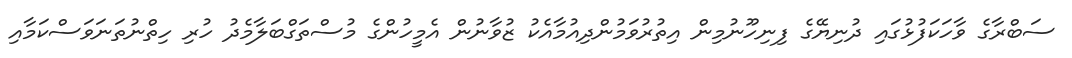
ސަބްރާގެ ވާހަކަފުޅުގައި ދުނިޔޭގެ ފިނިހޫނުމިން އިތުރުވަމުންދިއުމާއެކު ޒުވާނުން އެމީހުންގެ މުސްތަގްބަލާމެދު ހުރި ހިތްނުތަނަވަސްކަމާއި